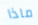
ماذا